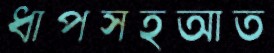
ধাপসহআত